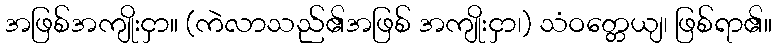
အဖြစ်အကျိုးငှာ။ (ကဲလာသည်၏အဖြစ် အကျိုးငှာ၊) သံဝတ္တေယျ၊ ဖြစ်ရာ၏။